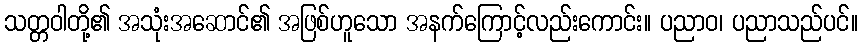
သတ္တဝါတို့၏ အသုံးအဆောင်၏ အဖြစ်ဟူသော အနက်ကြောင့်လည်းကောင်း။ ပညာဝ၊ ပညာသည်ပင်။